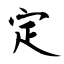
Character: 定